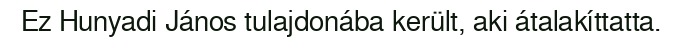
Ez Hunyadi János tulajdonába került, aki átalakíttatta.